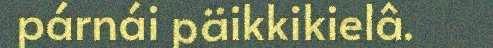
párnái päikkikielâ.